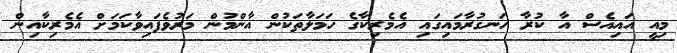
މިއީ އައިއެސް އާ ކުރާ ހަނގުރާމައިގައި އެމެރިކާގެ ހަމަލާތަކުން އާންމުން މަރުވެފައިވާކަމަށް އެމެރިކާއިން